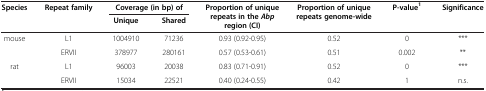
| <ROWSPAN=2> Species | <ROWSPAN=2> Repeat family | <COLSPAN=2> Coverage (in bp) of | <ROWSPAN=2> Proportion of unique repeats in the Abp region (CI) | <ROWSPAN=2> Proportion of unique repeats genome-wide | <ROWSPAN=2> P-value1 | <ROWSPAN=2> Significance |
 | Unique | Shared |
 | --- | --- | --- | --- | --- | --- | --- | --- |
 | <ROWSPAN=2> mouse | L1 | 1004910 | 71236 | 0.93 (0.92-0.95) | 0.52 | 0 | *** |
 | ERVII | 378977 | 280161 | 0.57 (0.53-0.61) | 0.51 | 0.002 | ** |
 | <ROWSPAN=2> rat | L1 | 96003 | 20038 | 0.83 (0.71-0.91) | 0.52 | 0 | *** |
 | ERVII | 15034 | 22521 | 0.40 (0.24-0.55) | 0.42 | 1 | n.s. |